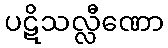
ပဋိသလ္လီဏော